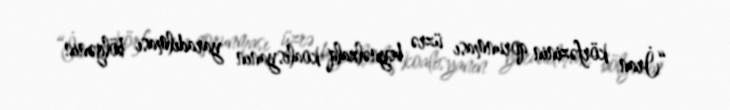
“İran körfəzinin qorunması üzrə beynəlxalq koalisyanın yaradılması bölgənin